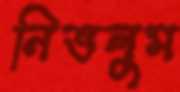
নিভলুম